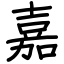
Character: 嘉